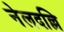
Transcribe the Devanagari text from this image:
नेलदल्लि